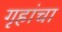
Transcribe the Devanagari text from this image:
गृहांचा